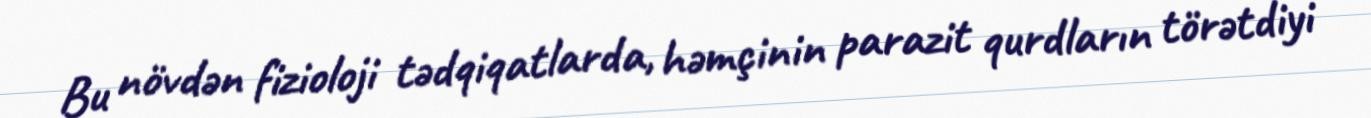
Bu növdən fizioloji tədqiqatlarda, həmçinin parazit qurdların törətdiyi